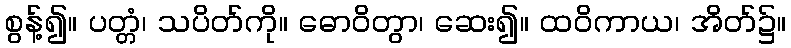
စွန့်၍။ ပတ္တံ၊ သပိတ်ကို။ ဓောဝိတွာ၊ ဆေး၍။ ထဝိကာယ၊ အိတ်၌။